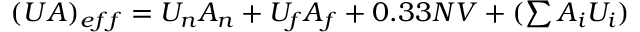
\begin{array} { r } { ( U A ) _ { e f f } = U _ { n } A _ { n } + U _ { f } A _ { f } + 0 . 3 3 N V + ( \sum { A _ { i } U _ { i } } ) } \end{array}